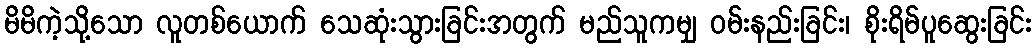
မိမိကဲ့သို့သော လူတစ်ယောက် သေဆုံးသွားခြင်းအတွက် မည်သူကမျှ ဝမ်းနည်းခြင်း၊ စိုးရိမ်ပူဆွေးခြင်း